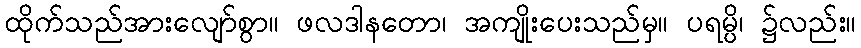
ထိုက်သည်အားလျော်စွာ။ ဖလဒါနတော၊ အကျိုးပေးသည်မှ။ ပရမ္ပိ၊ ၌လည်း။